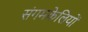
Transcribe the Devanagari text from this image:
संगमकेलियों